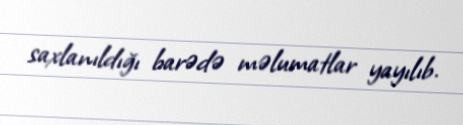
saxlanıldığı barədə məlumatlar yayılıb.